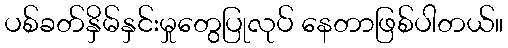
ပစ်ခတ်နှိမ်နှင်းမှုတွေပြုလုပ် နေတာဖြစ်ပါတယ်။